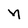
Character: N